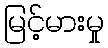
မြင့်မားမှု